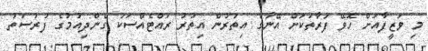
މި ވަޒީފާއަށް ހޮވޭ ފަރާތަަކަށް އޭނާގެ އިތުރުން އިތުރު ރައްޓެއްސަކު ގެންދިއުމުގެ ފުރުސަތު